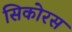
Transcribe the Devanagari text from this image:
सिकोरस